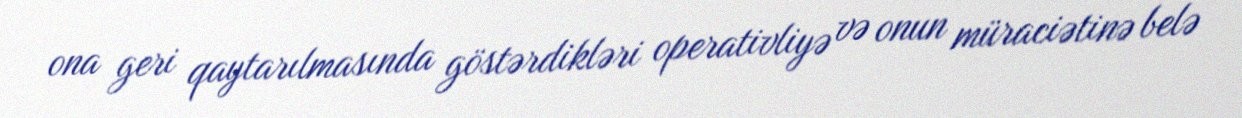
ona geri qaytarılmasında göstərdikləri operativliyə və onun müraciətinə belə